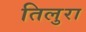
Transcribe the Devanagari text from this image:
तिलुरा